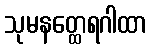
သုမနတ္ထေရဂါထာ